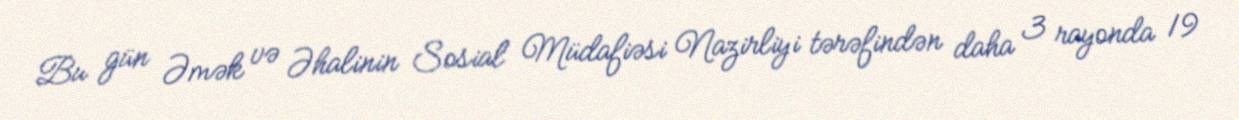
Bu gün Əmək və Əhalinin Sosial Müdafiəsi Nazirliyi tərəfindən daha 3 rayonda 19